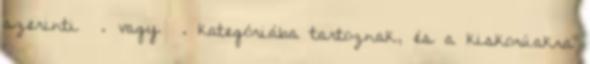
szerinti Ⅴ. vagy Ⅵ. kategóriába tartoznak, és a kiskorúakra